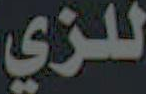
للزي